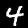
Digit: 4